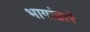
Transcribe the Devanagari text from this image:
भागांद्वारे